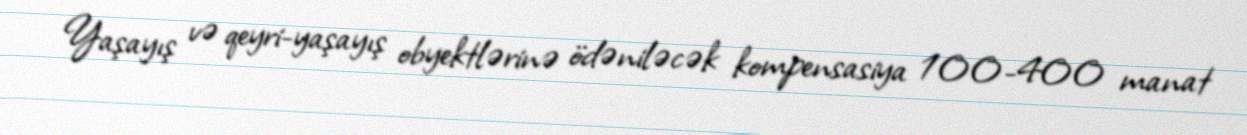
Yaşayış və qeyri-yaşayış obyektlərinə ödəniləcək kompensasiya 100-400 manat